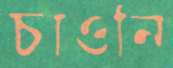
চাওনি